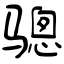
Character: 骢